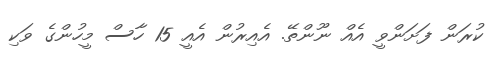
ކުރަން ފަށަންވީ އެއް ނޫންތޭ. އެއިރުން އެއީ 15 ހާސް މީހުންގެ ވަކި